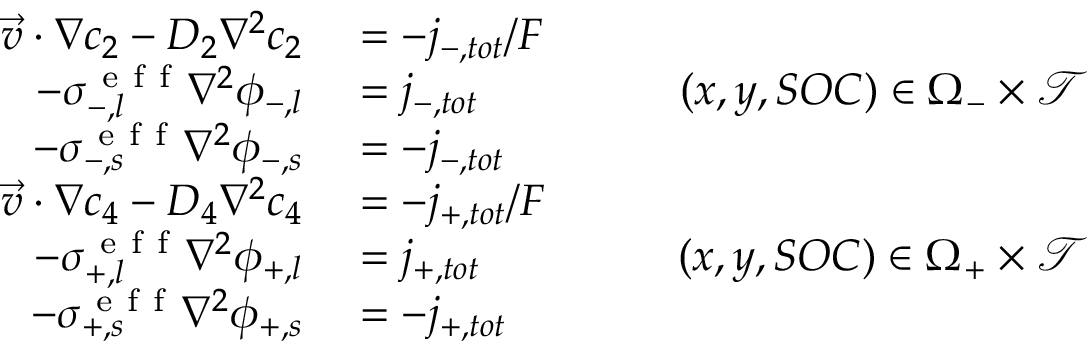
\begin{array} { r l r } { \vec { v } \cdot \nabla c _ { 2 } - D _ { 2 } \nabla ^ { 2 } c _ { 2 } } & { { } = - j _ { - , t o t } / F } & { } \\ { - \sigma _ { - , l } ^ { \mathrm { ~ e ~ f ~ f ~ } } \nabla ^ { 2 } \phi _ { - , l } } & { { } = j _ { - , t o t } } & { \qquad ( x , y , S O C ) \in \Omega _ { - } \times \mathcal { T } } \\ { - \sigma _ { - , s } ^ { \mathrm { ~ e ~ f ~ f ~ } } \nabla ^ { 2 } \phi _ { - , s } } & { { } = - j _ { - , t o t } } & { } \\ { \vec { v } \cdot \nabla c _ { 4 } - D _ { 4 } \nabla ^ { 2 } c _ { 4 } } & { { } = - j _ { + , t o t } / F } & { } \\ { - \sigma _ { + , l } ^ { \mathrm { ~ e ~ f ~ f ~ } } \nabla ^ { 2 } \phi _ { + , l } } & { { } = j _ { + , t o t } } & { \qquad ( x , y , S O C ) \in \Omega _ { + } \times \mathcal { T } } \\ { - \sigma _ { + , s } ^ { \mathrm { ~ e ~ f ~ f ~ } } \nabla ^ { 2 } \phi _ { + , s } } & { { } = - j _ { + , t o t } } & { } \end{array}